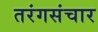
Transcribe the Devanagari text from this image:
तरंगसंचार